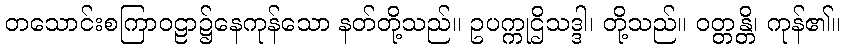
တသောင်းစကြာဝဠာ၌နေကုန်သော နတ်တို့သည်။ ဥပက္ကုဌိသဒ္ဒါ၊ တို့သည်။ ဝတ္တန္တိ၊ ကုန်၏။